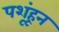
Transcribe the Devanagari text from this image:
पशूंहून